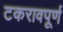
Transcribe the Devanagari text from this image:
टकरावपूर्ण